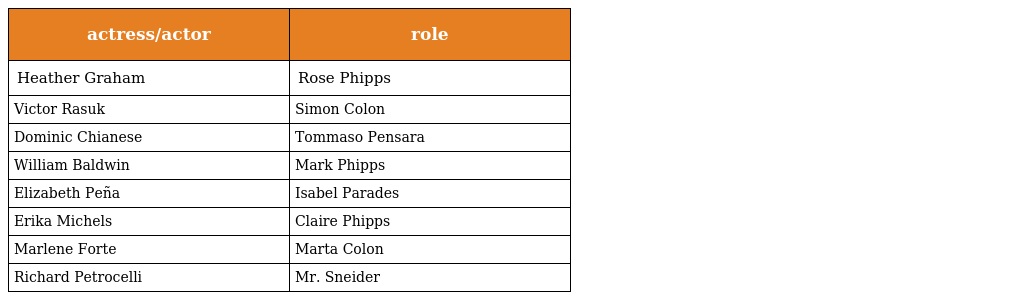
| actress/actor | role |
 | --- | --- |
 | Heather Graham | Rose Phipps |
 | Victor Rasuk | Simon Colon |
 | Dominic Chianese | Tommaso Pensara |
 | William Baldwin | Mark Phipps |
 | Elizabeth Peña | Isabel Parades |
 | Erika Michels | Claire Phipps |
 | Marlene Forte | Marta Colon |
 | Richard Petrocelli | Mr. Sneider |